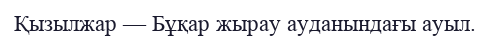
Қызылжар — Бұқар жырау ауданындағы ауыл.